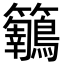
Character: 𪈅